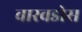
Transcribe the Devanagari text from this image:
वारवडोस